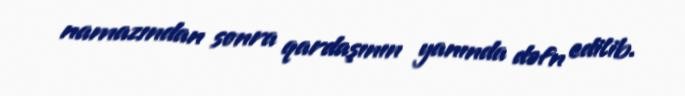
namazından sonra qardaşının yanında dəfn edilib.